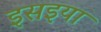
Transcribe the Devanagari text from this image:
इसइया